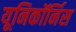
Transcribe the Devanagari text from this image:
यूनिकॉर्निस